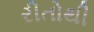
રીતોથી